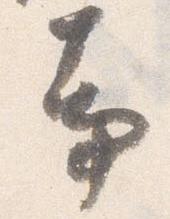
事